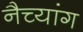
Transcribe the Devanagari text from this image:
नैच्यांग